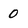
Character: 0